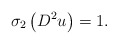
\begin{align*}\sigma_{2}\left( D^{2}u\right) =1.\end{align*}